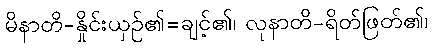
မိနာတိ-နှိုင်းယှဉ်၏=ချင့်၏၊ လုနာတိ-ရိတ်ဖြတ်၏၊